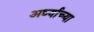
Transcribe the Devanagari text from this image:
अर्ध्याच्या